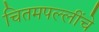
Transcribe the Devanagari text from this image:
चितमपल्लींचे